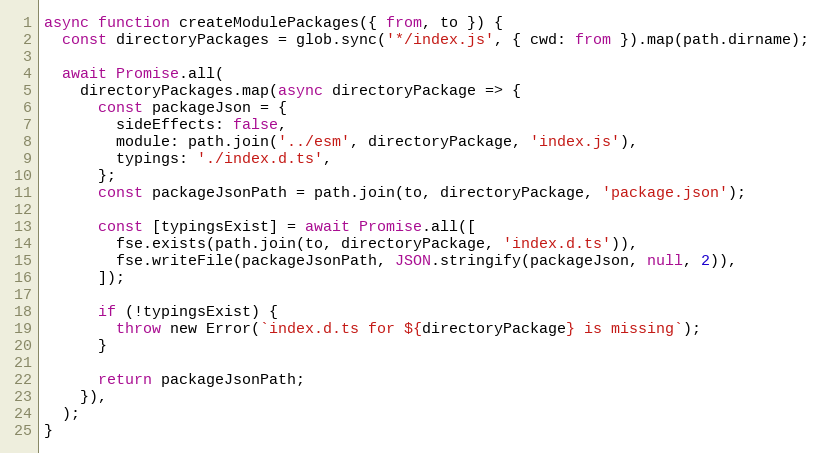
Language: JavaScript
async function createModulePackages({ from, to }) {
  const directoryPackages = glob.sync('*/index.js', { cwd: from }).map(path.dirname);

  await Promise.all(
    directoryPackages.map(async directoryPackage => {
      const packageJson = {
        sideEffects: false,
        module: path.join('../esm', directoryPackage, 'index.js'),
        typings: './index.d.ts',
      };
      const packageJsonPath = path.join(to, directoryPackage, 'package.json');

      const [typingsExist] = await Promise.all([
        fse.exists(path.join(to, directoryPackage, 'index.d.ts')),
        fse.writeFile(packageJsonPath, JSON.stringify(packageJson, null, 2)),
      ]);

      if (!typingsExist) {
        throw new Error(`index.d.ts for ${directoryPackage} is missing`);
      }

      return packageJsonPath;
    }),
  );
}